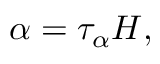
\alpha = \tau _ { \alpha } H ,